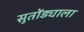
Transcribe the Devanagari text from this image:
सुतोंड्याला